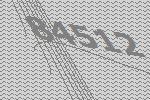
84512